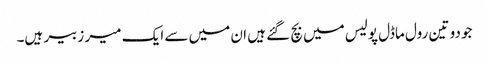
جو دو تین رول ماڈل پولیس میں بچ گئے ہیں ان میں سے ایک میر زبیر ہیں۔